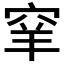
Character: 𥥵